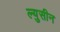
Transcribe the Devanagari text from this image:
ल्युसीन